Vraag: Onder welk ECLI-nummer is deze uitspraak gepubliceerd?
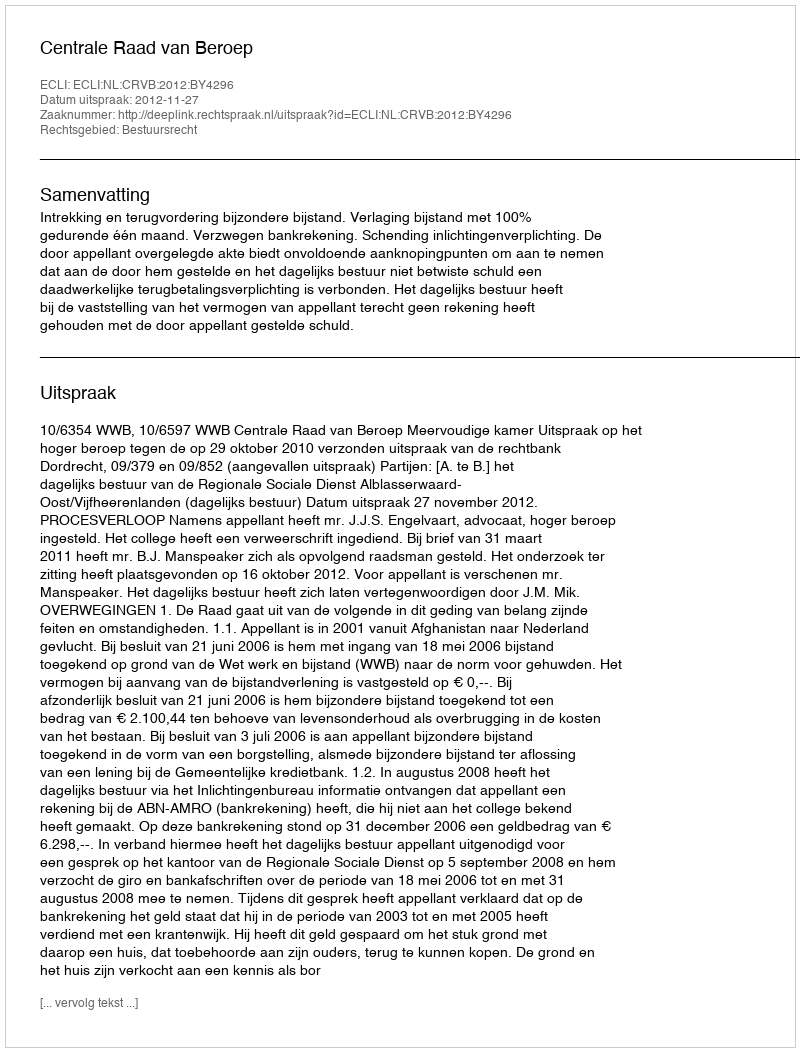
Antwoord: ECLI:NL:CRVB:2012:BY4296